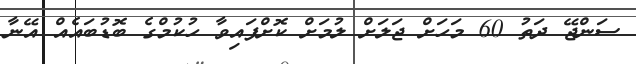
ސަންޖޭ ދަތު 60 މަހަށް ޖަލަށް ލުމަށް ކޮށްފައިވާ ހުކުމްގެ ބޮޑުބައެއް އޭނާ